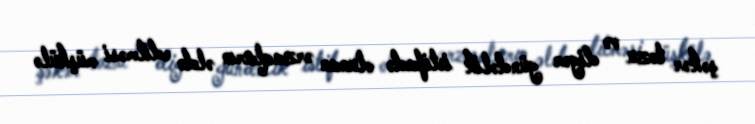
şəkər tozu və digər gündəlik istifadə olunan ərzaqların əldə edilməsi müşkülə